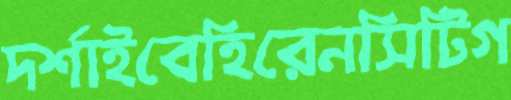
দর্শাইবেহিরেনসিটিগ